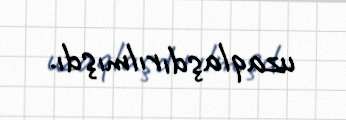
uzaqlaşdırılmışdı.